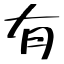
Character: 有